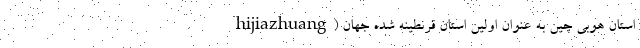
hijiazhuang) استان هوبی چین به عنوان اولین استان قرنطینه شده جهان